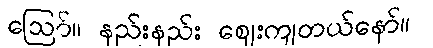
ဪ။ နည်းနည်း ဈေးကျတယ်နော်။